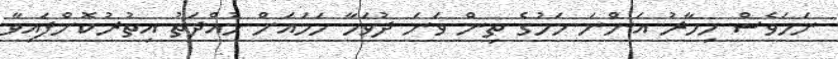
ނަމަވެސް މިހާރު އަންނަ މަހުގެ ތިން ވަނަ ދުވަހާ ހަމައަށް މުއްދަތު އިތުރުކޮށްފައިވާ